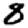
Digit: 8